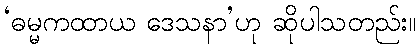
‘ဓမ္မကထာယ ဒေသနာ’ဟု ဆိုပါသတည်း။